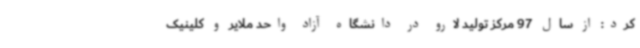
کرد: از سال 97 مرکز تولید لارو در دانشگاه آزاد واحد ملایر و کلینیک